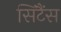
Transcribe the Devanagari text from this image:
सिंटैंस